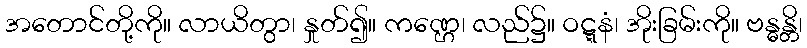
အတောင်တို့ကို။ လာယိတွာ၊ နှုတ်၍။ ကဏ္ဌေ၊ လည်၌။ ဝဋ္ဋနံ၊ အိုးခြမ်းကို။ ဗန္ဓန္တိ၊